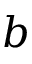
b